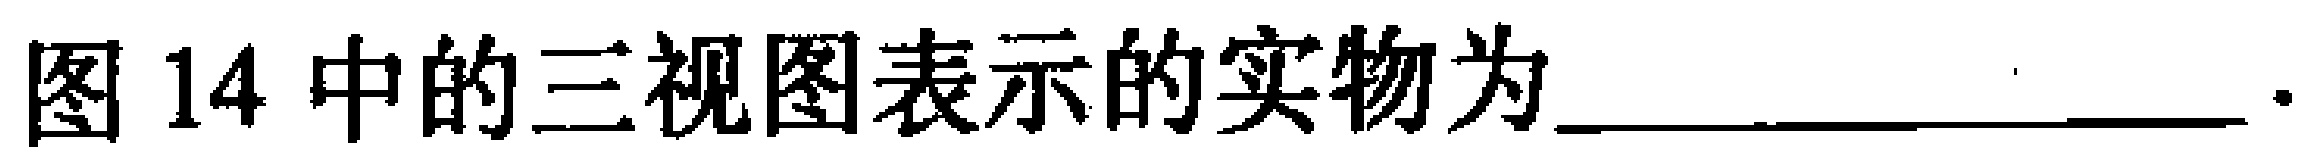
图14中的三视图表示的实物为________________.